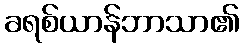
ခရစ်ယာန်ဘာသာ၏